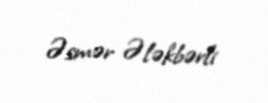
Əsmər Ələkbərli